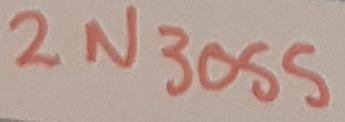
Text: 2N3055